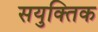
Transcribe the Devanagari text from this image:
सयुक्‍तिक